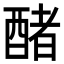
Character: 醏